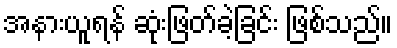
အနားယူရန် ဆုံးဖြတ်ခဲ့ခြင်း ဖြစ်သည်။